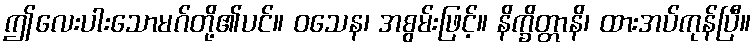
ဤလေးပါးသောမဂ်တို့၏ပင်။ ဝသေန၊ အစွမ်းဖြင့်။ နိက္ခိတ္တာနိ၊ ထားအပ်ကုန်ပြီ။